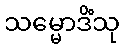
သမ္မောဒိံသု